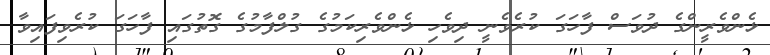
ޅެންވެރީންގެ ދުވަސް ފާހަގަ ކުރެވެނީ ދިވެހި ޅެންވެރިކަމުގެ ގުލްފާމުގެ ގޮތުގައި ފާހަގަ ކުރެވިފައިވާ